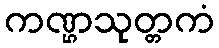
ကဏ္ဌသုတ္တကံ